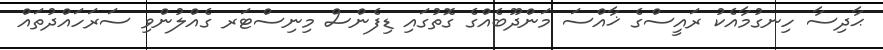
ޙާދިސާ ހިނގުމާއެކު ރައީސްގެ ޚާއްސަ މަންދޫބެއްގެ ގޮތުގައި ޑިފެންސް މިނިސްޓަރ ގެއްލުންވި ސަރަހައްދުތައް